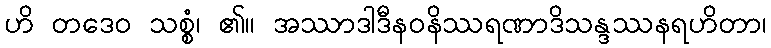
ဟိ တဒေဝ သစ္စံ၊ ၏။ အဿာဒါဒီနဝနိဿရဏာဒိသန္ဒဿနရဟိတာ၊